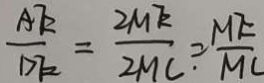
\frac { A E } { D E } = \frac { 2 M E } { 2 M C \cdot } = \frac { M E } { M C }